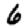
Digit: 6